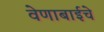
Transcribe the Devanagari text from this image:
वेणाबाईचे